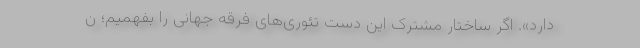
دارد». اگر ساختار مشترک این دست تئوری‌های فرقه جهانی را بفهمیم؛ ن